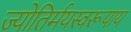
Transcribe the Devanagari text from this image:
ज्योतिर्मयस्वरूपाय